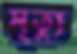
মৃত্যু